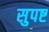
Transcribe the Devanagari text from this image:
सुपष्ट